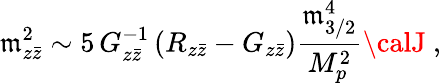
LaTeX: \mathfrak{m}_{z{\bar{{z}}}}^{2}\sim5\, G_{z{\bar{{z}}}}^{-1}\left(R_{z{\bar{{z}}}}-G_{z{\bar{{z}}}}\right){\frac{{\mathfrak{m}_{3/2}^{4}}}{{M_{p}^{2}}}}{\calJ}\ ,